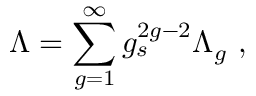
\Lambda = \sum _ { g = 1 } ^ { \infty } g _ { s } ^ { 2 g - 2 } \Lambda _ { g } ~ ,